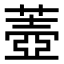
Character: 𦺟